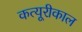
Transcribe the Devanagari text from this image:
कत्यूरीकाल